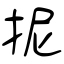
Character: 抳